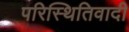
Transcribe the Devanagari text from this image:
परिस्थितिवादी